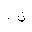
Letter: _non